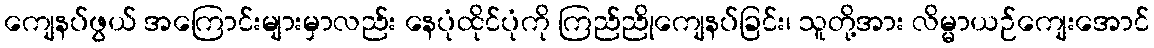
ကျေနပ်ဖွယ် အကြောင်းများမှာလည်း နေပုံထိုင်ပုံကို ကြည်ညိုကျေနပ်ခြင်း၊ သူတို့အား လိမ္မာယဉ်ကျေးအောင်